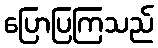
ပြောပြကြသည်